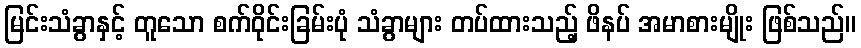
မြင်းသံခွာနှင့် တူသော စက်ဝိုင်းခြမ်းပုံ သံခွာများ တပ်ထားသည့် ဖိနပ် အမာစားမျိုး ဖြစ်သည်။